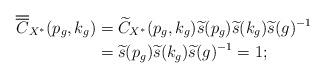
LaTeX: \begin{align*}\overline{\overline{C}}_{X^{\ast}}(p_g,k_g)&=\widetilde{C}_{X^{\ast}}(p_g,k_g)\widetilde{s}(p_g)\widetilde{s}(k_g)\widetilde{s}(g)^{-1}\\&=\widetilde{s}(p_g)\widetilde{s}(k_g)\widetilde{s}(g)^{-1}=1;\end{align*}